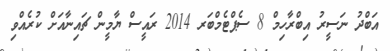
އަބްދު ނަސީރު އިބްރާހިމް 8 ސެޕްޓެމްބަރ 2014 ރައީސް ޔާމީން ޗައިނާއަށް ކުރެއްވި